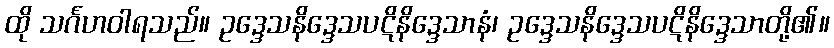
ထို သင်္ဂဟဝါရသည်။ ဥဒ္ဒေသနိဒ္ဒေသပဋိနိဒ္ဒေသာနံ၊ ဥဒ္ဒေသနိဒ္ဒေသပဋိနိဒ္ဒေသာတို့၏။